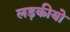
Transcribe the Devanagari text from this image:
लड़कीयो